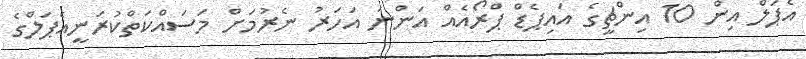
އެޕަލް އިން 10 އިންޗީގެ އައިޕެޑް ޕްރޯއެއް އަންނަ އަހަރު ނެރުމަށް މަސައްކަތްކުރަނީއެޕަލްގެ